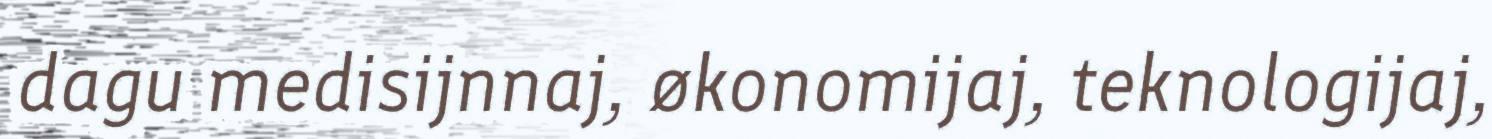
dagu medisijnnaj, økonomijaj, teknologijaj,